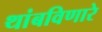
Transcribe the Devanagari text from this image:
थांबविणारे